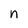
Character: n